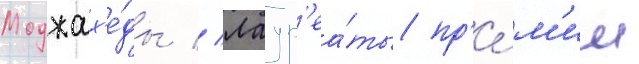
Моджах'е́ды // Лаур'еа́ты пр'е́м'ии